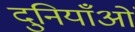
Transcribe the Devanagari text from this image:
दुनियाँओं